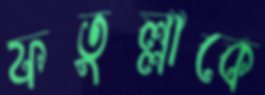
ফতুল্লাকে